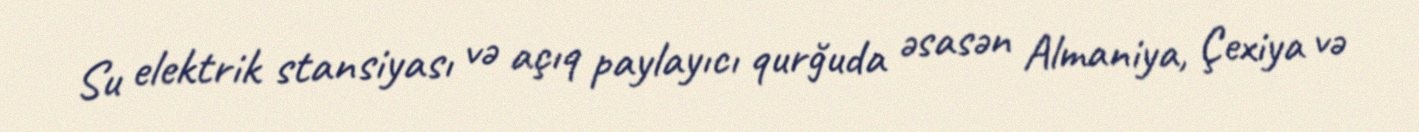
Su elektrik stansiyası və açıq paylayıcı qurğuda əsasən Almaniya, Çexiya və